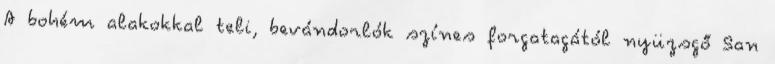
A bohém alakokkal teli, bevándorlók színes forgatagától nyüzsgő San